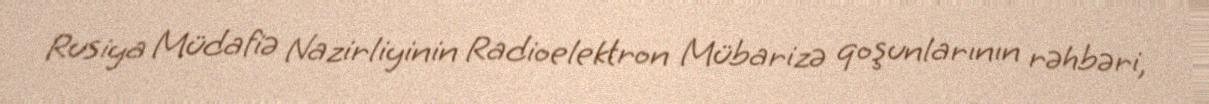
Rusiya Müdafiə Nazirliyinin Radioelektron Mübarizə qoşunlarının rəhbəri,